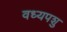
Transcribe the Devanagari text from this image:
वध्यपशु